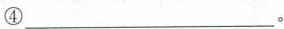
④___。